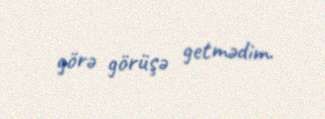
görə görüşə getmədim.